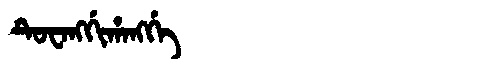
Manchu: ᡨᡠᠸᠠᠩᡤᡳᡥᠠᠩᡤᡝ
Romanization: TUWANGGIHANGGE